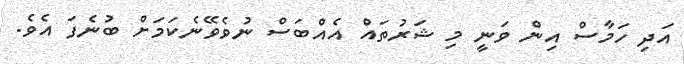
އަދި ހަމާސް އިން ވަނީ މި ޝަރުތައް އެއްބަސް ނުވެވޭނެކަމަށް ބުނެފަ އެވެ.